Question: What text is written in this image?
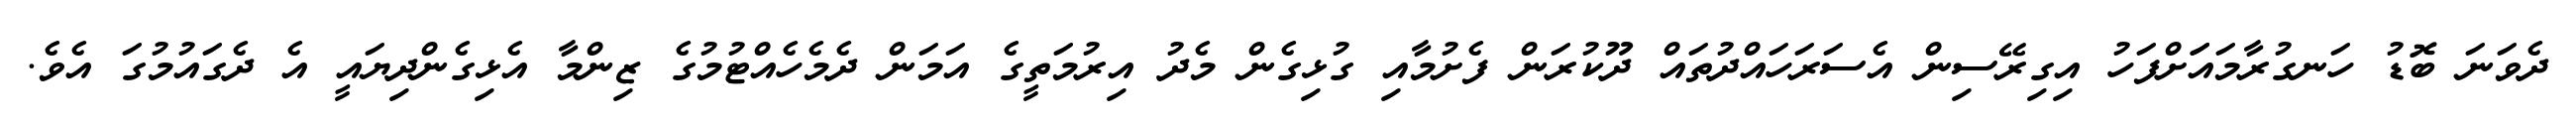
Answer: ދެވަނަ ބޮޑު ހަނގުރާމައަަށްފަހު އިގިރޭސިން އެސަރަހައްދުތައް ދޫކުރަން ފެށުމާއި ގުޅިގެން މެދު އިރުމަތީގެ އަމަން ދެމެހެއްޓުމުގެ ޒިންމާ އެޅިގެންދިޔައީ އެ ދެގައުމުގަ އެވެ.